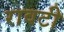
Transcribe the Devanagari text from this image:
रावटी